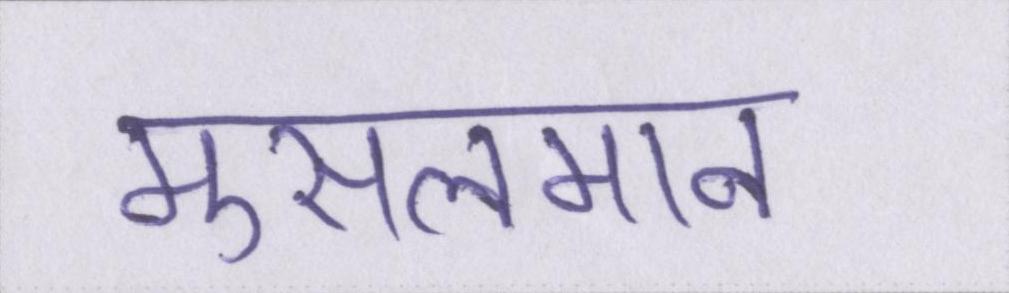
मुसलमान